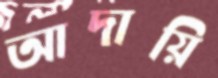
আদায়ি